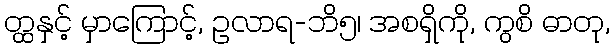
တ္ထနှင့် မှာကြောင့်, ဥလာရ-ဘိ၅၊ အစရှိကို, ကွစိ ဓာတု,